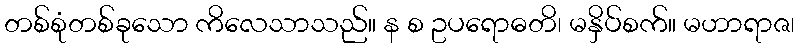
တစ်စုံတစ်ခုသော ကိလေသာသည်။ န စ ဥပရောဓတိ၊ မနှိပ်စက်။ မဟာရာဇ၊